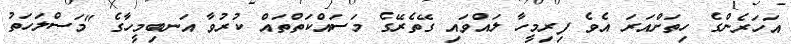
އަހަރެންގެ ހިތަށްއަރަ އެވެ ފިރިމީހާ ލައްވައި ގޭތެރޭގެ މަސައްކަތްތައް ކުރުވާ އަނބިމީހާގެ "މަސްލަހަތު